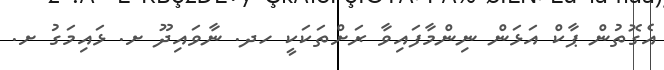
އެގޮތުން ޕާކް އަޅަން ނިންމާފައިވާ ރަށްތަކަކީ ހދ. ނާވައިދޫ ށ. ޅައިމަގު ށ.